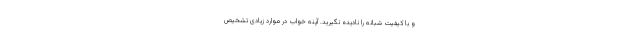
و با کیفیت شبانه را نادیده نگیرید. آپنه خواب در موارد زیادی تشخیص